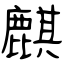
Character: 麒